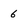
Character: 6